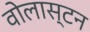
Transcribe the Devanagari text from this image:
वोलास्टन